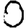
Digit: 0